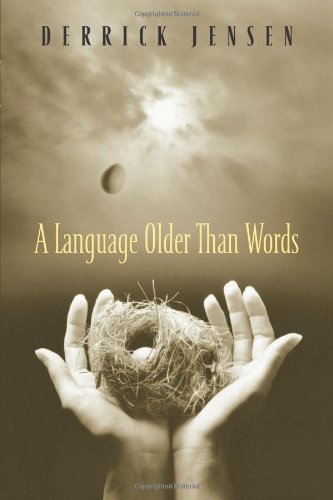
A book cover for A Language Older Than Words; Derrick Jensen; Biographies & Memoirs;